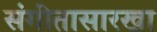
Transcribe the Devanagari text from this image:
संगीतासारखा